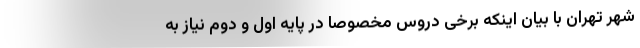
شهر تهران با بیان اینکه برخی دروس مخصوصا در پایه اول و دوم نیاز به